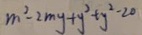
m ^ { 2 } - 2 m y + y ^ { 2 } + y ^ { 2 } - 2 0